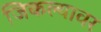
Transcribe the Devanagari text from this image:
जिकल्यावर